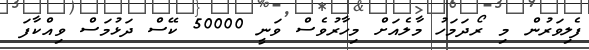
ފެލިވަރުން މި ރޯދަމަހު މާލެއަށް މިހާރުވެސް ވަނީ 50000 ކޭސް ދަޅުމަސް ވިއްކާފަ